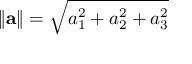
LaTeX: \left\| \mathbf { a } \right\| = { \sqrt { a _ { 1 } ^ { 2 } + a _ { 2 } ^ { 2 } + a _ { 3 } ^ { 2 } } }